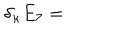
\delta _ { \kappa } E _ { 7 } =